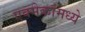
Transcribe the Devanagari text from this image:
एक्मेकांमध्ये